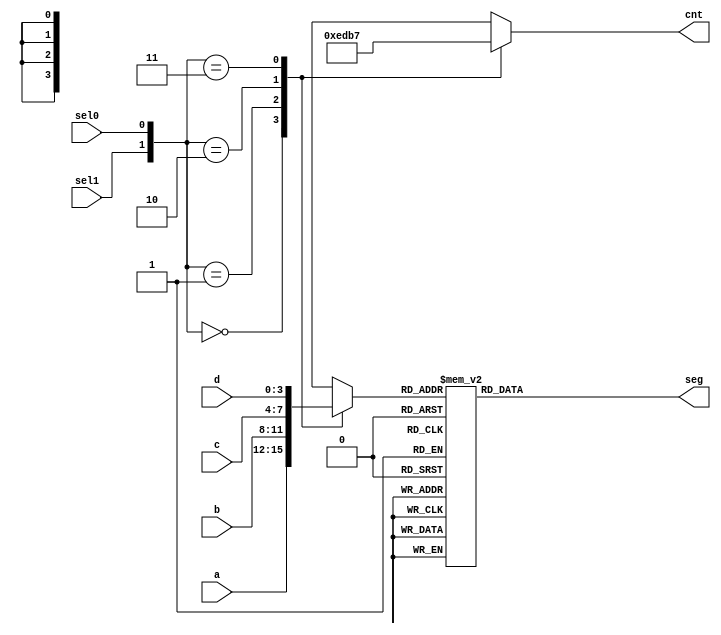
`timescale 1ns / 1ps
//////////////////////////////////////////////////////////////////////////////////
// Company: 
// Engineer: 
// 
// Design Name: 
// Module Name: seven_seg
// Project Name: 
// Target Devices: 
// Tool Versions: 
// Description: 
// 
// Dependencies: 
// 
// Revision:
// Revision 0.01 - File Created
// Additional Comments:
// 
//////////////////////////////////////////////////////////////////////////////////


module seven_seg(
    input [3:0] a,
    input [3:0] b,
    input [3:0] c,
    input [3:0] d,
    input sel0,
    input sel1,
    output reg [6:0] seg,
    output reg [3:0] cnt
    );
    
    reg [3:0] bit;
    wire [1:0] sel = {sel1, sel0};
    
    wire test[3:0];
    
    always @ (sel)
    	begin
			case(sel)
				2'b00: cnt = 4'b1110;
				2'b01: cnt = 4'b1101;
				2'b10: cnt = 4'b1011;
				2'b11: cnt = 4'b0111;
			endcase
			case(sel)
				2'b00: bit = a;
				2'b01: bit = b;
				2'b10: bit = c;
				2'b11: bit = d;
			endcase
		end
    	
    parameter disp_0 = 7'b1000000;
    parameter disp_1 = 7'b1111001;
    parameter disp_2 = 7'b0100100;
    parameter disp_3 = 7'b0110000;
    parameter disp_4 = 7'b0011001;
    parameter disp_5 = 7'b0010010;
    parameter disp_6 = 7'b0000010;
    parameter disp_7 = 7'b1111000;
    parameter disp_8 = 7'b0000000;
    parameter disp_9 = 7'b0010000;
    parameter disp_A = 7'b0001000;
    parameter disp_B = 7'b0000011;
    parameter disp_C = 7'b1000110;
    parameter disp_D = 7'b0100001;
    parameter disp_E = 7'b0000110;
    parameter disp_F = 7'b0001110;
    
    always @ (bit)
    	case(bit)
    		4'b0000: seg = disp_0;
    		4'b0001: seg = disp_1;
    		4'b0010: seg = disp_2;
    		4'b0011: seg = disp_3;
    		4'b0100: seg = disp_4;
    		4'b0101: seg = disp_5;
    		4'b0110: seg = disp_6;
    		4'b0111: seg = disp_7;
    		4'b1000: seg = disp_8;
    		4'b1001: seg = disp_9;
    		4'b1010: seg = disp_A;
    		4'b1011: seg = disp_B;
    		4'b1100: seg = disp_C;
    		4'b1101: seg = disp_D;
    		4'b1110: seg = disp_E;
    		4'b1111: seg = disp_F;
    	endcase
    
    
    
    
    
endmodule